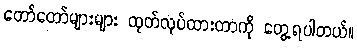
တော်တော်များများ ထုတ်လုပ်ထားတာကို တွေ့ရပါတယ်။